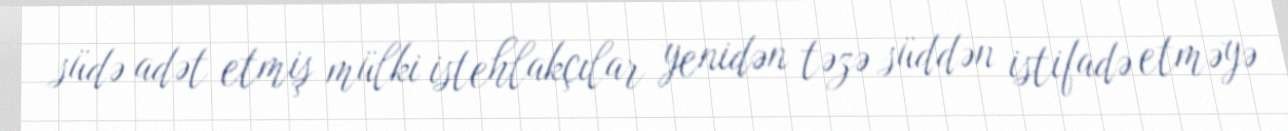
südə adət etmiş mülki istehlakçılar yenidən təzə süddən istifadə etməyə